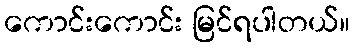
ကောင်းကောင်း မြင်ရပါတယ်။